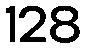
128